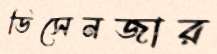
ডিসেনজার